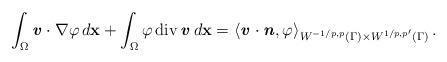
LaTeX: \begin{align*} \displaystyle \int_{\Omega} \textbf{\textit{v}} \cdot \nabla {\varphi} \,d\textbf{x}+ \displaystyle \int_{\Omega} {\varphi}\,\mathrm{div}\, \textbf{\textit{v}}\, d\textbf{x}=\left\langle \textbf{\textit{v}} \cdot \textbf{\textit{n}},\varphi \right\rangle _{{W}^{-1/p,p}(\Gamma) \times {W}^{1/p,p'}(\Gamma)}.\end{align*}